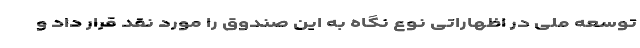
توسعه ملی در اظهاراتی نوع نگاه به این صندوق را مورد نقد قرار داد و